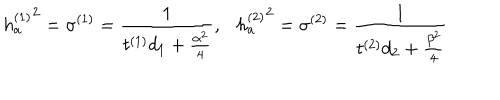
LaTeX: { h _ { a } ^ { ( 1 ) } } ^ { 2 } = \sigma ^ { ( 1 ) } = { \frac { 1 } { t ^ { ( 1 ) } d _ { 1 } + { \frac { \alpha ^ { 2 } } { 4 } } } } , { h _ { a } ^ { ( 2 ) } } ^ { 2 } = \sigma ^ { ( 2 ) } = { \frac { 1 } { t ^ { ( 2 ) } d _ { 2 } + { \frac { \beta ^ { 2 } } { 4 } } } }